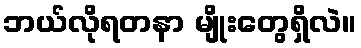
ဘယ်လိုရတနာ မျိုးတွေရှိလဲ။